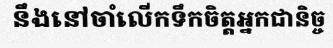
នឹងនៅចាំលើកទឹកចិត្តអ្នកជានិច្ច